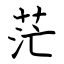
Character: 茫